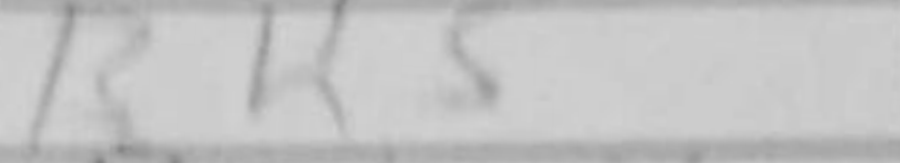
Transcription: Bh5